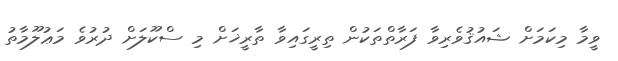
ވީމާ މިކަމަށް ޝައުޤުވެރިވާ ފަރާތްތަކުން ތިރީގައިވާ ތާރީޚަށް މި ސްކޫލަށް ދުރުވެ މަޢުލޫމާތު